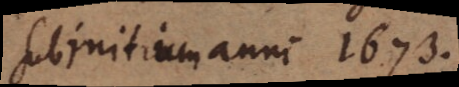
sub initium anni 1673.